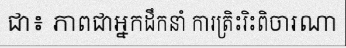
ជា៖ ភាពជាអ្នកដឹកនាំ ការត្រិះរិះពិចារណា